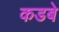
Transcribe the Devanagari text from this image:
कडबे